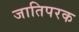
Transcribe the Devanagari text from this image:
जातिपरक